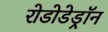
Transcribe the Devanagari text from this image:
रोडोडेड्रॉन